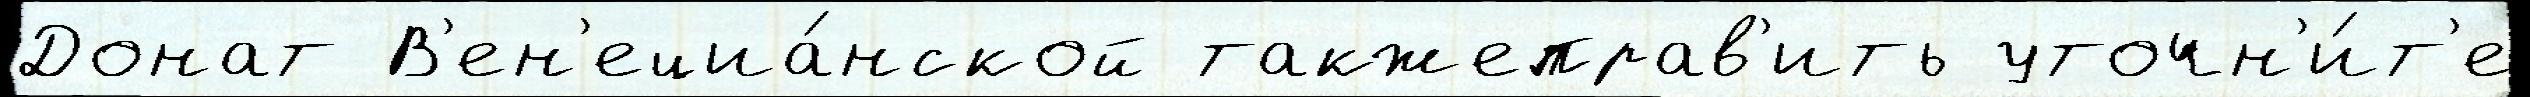
Донат В'ен'ециа́нской такжеправ'ить уточн'и́т'е